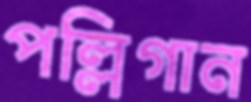
পল্লিগান